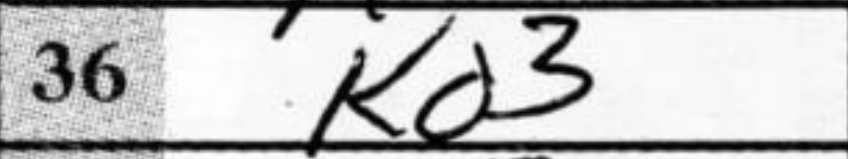
Transcription: Kd3